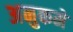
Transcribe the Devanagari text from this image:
अनुकमे